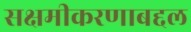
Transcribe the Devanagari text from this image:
सक्षमीकरणाबद्दल